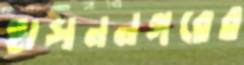
হাসননগরের